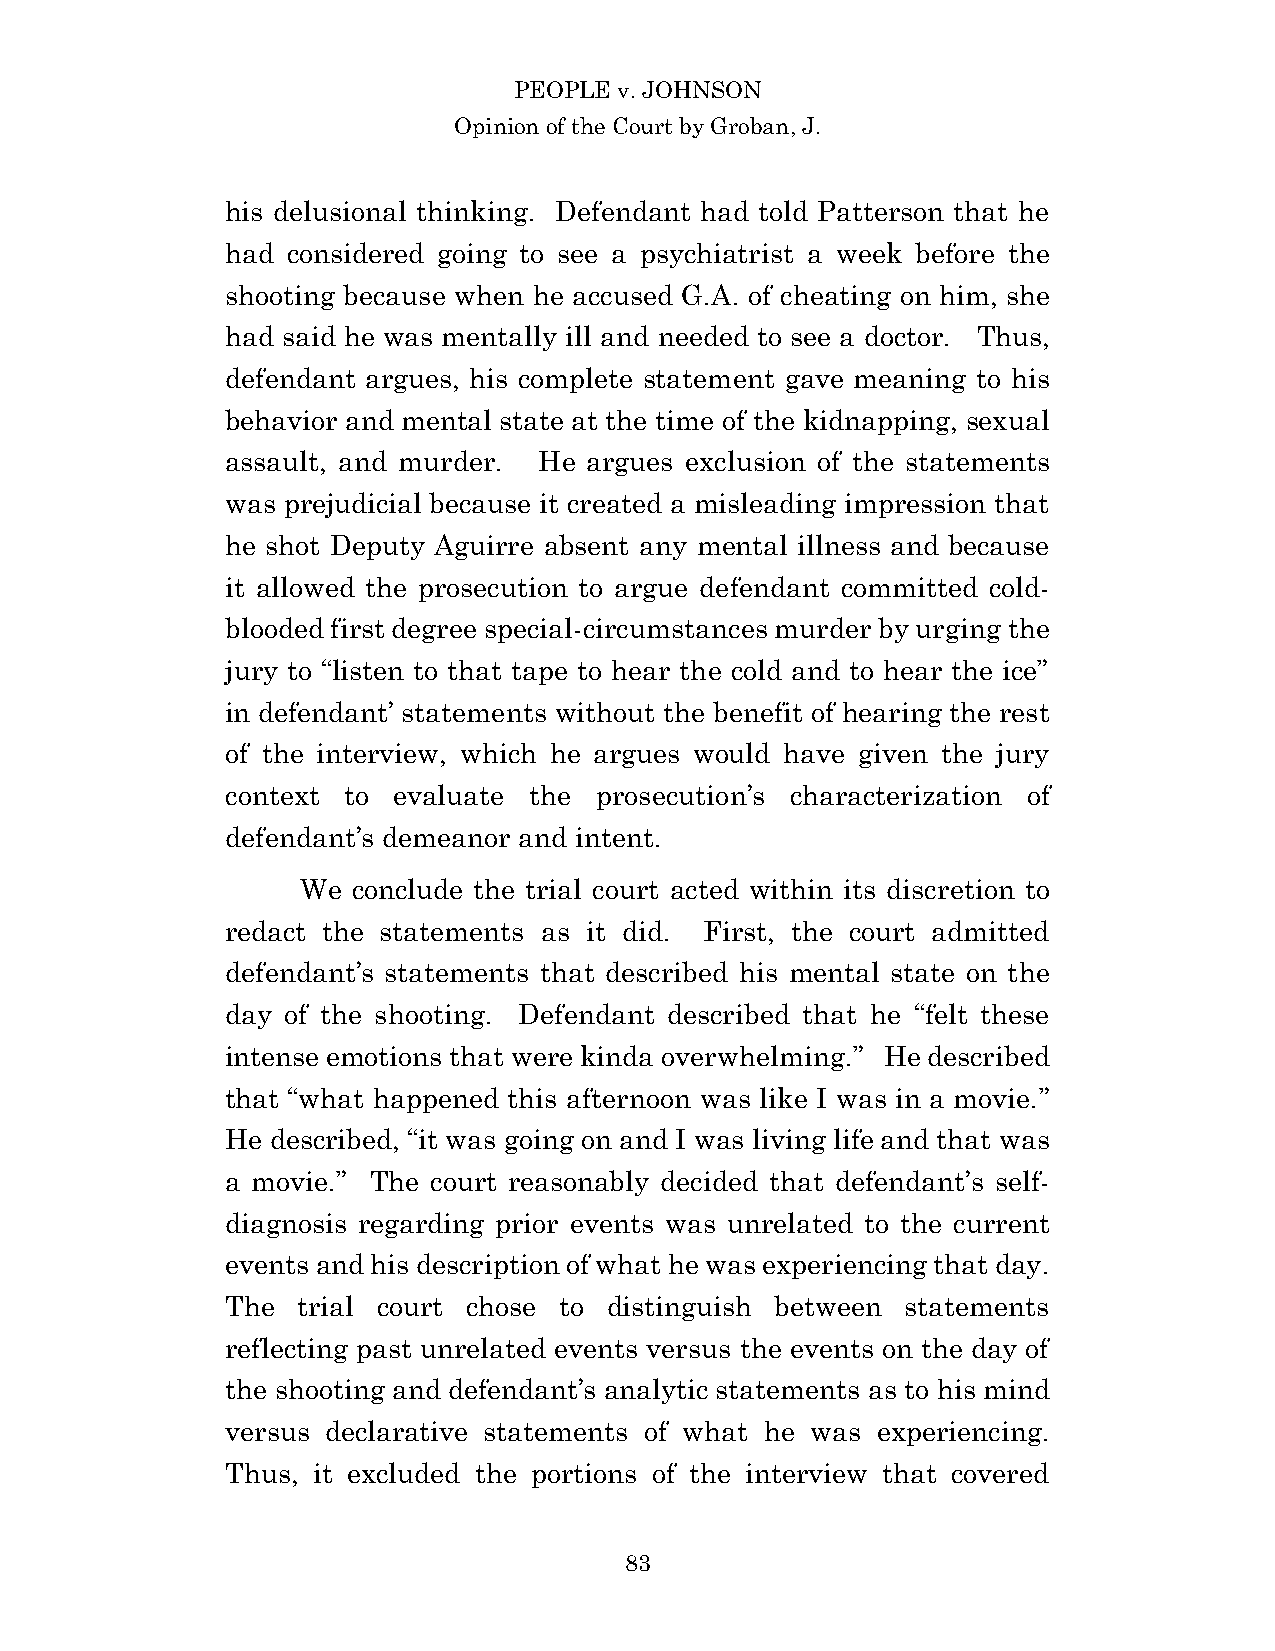
PEOPLE v. JOHNSON
 Opinion of the Court by Groban, J.
 his delusional thinking. Defendant had told Patterson that he
 had considered going to see a psychiatrist a week before the
 shooting because when he accused G.A. of cheating on him, she
 had said he was mentally ill and needed to see a doctor. Thus,
 defendant argues, his complete statement gave meaning to his
 behavior and mental state at the time of the kidnapping, sexual
 assault, and murder. He argues exclusion of the statements
 was prejudicial because it created a misleading impression that
 he shot Deputy Aguirre absent any mental illness and because
 it allowed the prosecution to argue defendant committed cold-
 blooded first degree special-circumstances murder by urging the
 jury to “listen to that tape to hear the cold and to hear the ice”
 in defendant’ statements without the benefit of hearing the rest
 of the interview, which he argues would have given the jury
 context to evaluate the prosecution’s characterization of
 defendant’s demeanor and intent.
 We conclude the trial court acted within its discretion to
 redact the statements as it did. First, the court admitted
 defendant’s statements that described his mental state on the
 day of the shooting. Defendant described that he “felt these
 intense emotions that were kinda overwhelming.” He described
 that “what happened this afternoon was like I was in a movie.”
 He described, “it was going on and I was living life and that was
 a movie.” The court reasonably decided that defendant’s self-
 diagnosis regarding prior events was unrelated to the current
 events and his description of what he was experiencing that day.
 The  trial court chose to distinguish between statements
 reflecting past unrelated events versus the events on the day of
 the shooting and defendant’s analytic statements as to his mind
 versus declarative statements of what he was experiencing.
 Thus, it excluded the portions of the interview that covered
 8 3